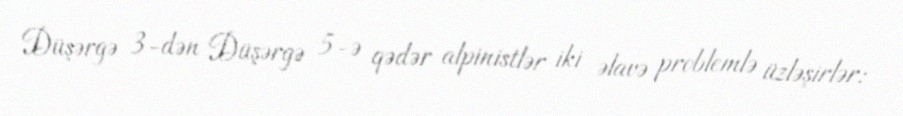
Düşərgə 3-dən Düşərgə 5-ə qədər alpinistlər iki əlavə problemlə üzləşirlər: